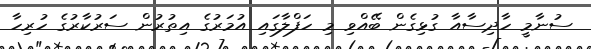
ސުނާމީ ހާދިސާއާ ގުޅިގެން ބޭއްވި މި ހަފްލާގައި އުމަރުގެ އިތުރުން ސަރުކާރުގެ ހުރިހާ